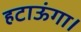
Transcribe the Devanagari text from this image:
हटाऊंगा।